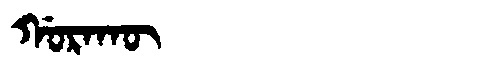
Manchu: ᡤᠣᡵᠠᡴᡡ
Romanization: GORAKŪ